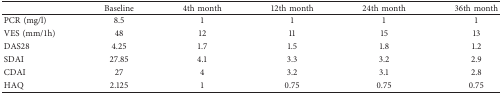
<table><thead><tr><td><b> </b></td><td><b>Baseline</b></td><td><b>4th month</b></td><td><b>12th month</b></td><td><b>24th month</b></td><td><b>36th month</b></td></tr></thead><tbody><tr><td>PCR (mg/l)</td><td>8.5</td><td>1</td><td>1</td><td>1</td><td>1</td></tr><tr><td>VES (mm/1h)</td><td>48</td><td>12</td><td>11</td><td>15</td><td>13</td></tr><tr><td>DAS28</td><td>4.25</td><td>1.7</td><td>1.5</td><td>1.8</td><td>1.2</td></tr><tr><td>SDAI</td><td>27.85</td><td>4.1</td><td>3.3</td><td>3.2</td><td>2.9</td></tr><tr><td>CDAI</td><td>27</td><td>4</td><td>3.2</td><td>3.1</td><td>2.8</td></tr><tr><td>HAQ</td><td>2.125</td><td>1</td><td>0.75</td><td>0.75</td><td>0.75</td></tr></tbody></table>